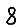
Digit: 8